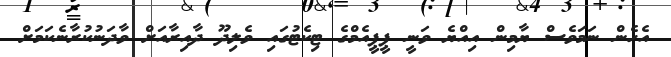
އެހެން ނަމަވެސް ޔާމިން އިއްޔެ ވަނީ ޕީޕީއެމްގެ ޓިކެޓުގައި ވެލިދޫ ދާއިރާއަށް ވާދަނުކުރާނެކަމަށް